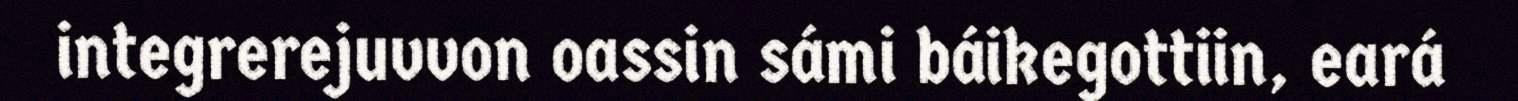
integrerejuvvon oassin sámi báikegottiin, eará